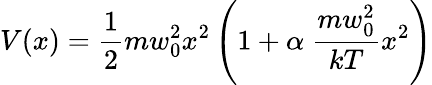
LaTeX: V(x)=\frac{1}{2}mw_{0}^{2}x^{2}\left(1+\alpha\ \frac{mw_{0}^{2}}{kT}x^{2}\right)